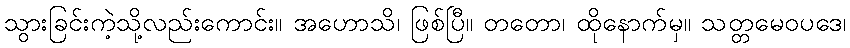
သွားခြင်းကဲ့သို့လည်းကောင်း။ အဟောသိ၊ ဖြစ်ပြီ။ တတော၊ ထိုနောက်မှ။ သတ္တမေဝပဒေ၊